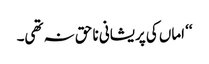
‘‘ اماں کی پریشانی نا حق نہ تھی۔